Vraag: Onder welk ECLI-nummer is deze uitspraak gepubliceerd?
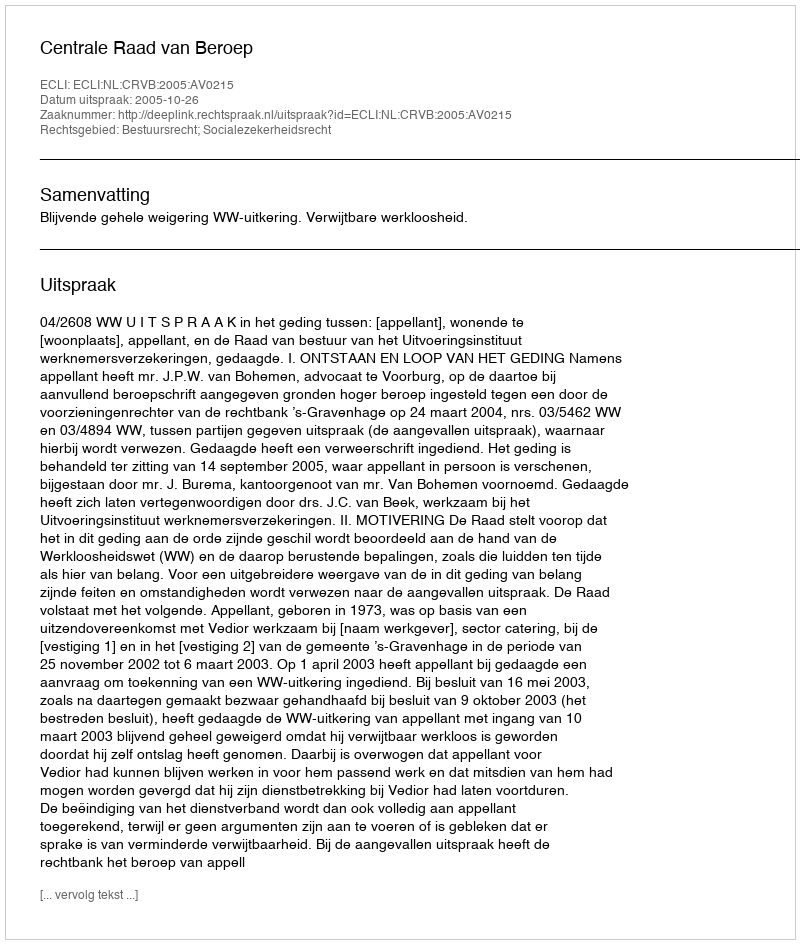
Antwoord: ECLI:NL:CRVB:2005:AV0215